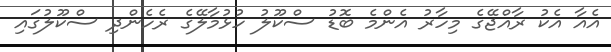
އެއާ އެކު ރާއްޖޭގެ މިހާރު އެންމެ ބޮޑު ސްކޫލު ހުޅުމާލޭގެ ރެހެންދި ސްކޫލުގައި